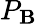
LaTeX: P_{\mathbf{B}}